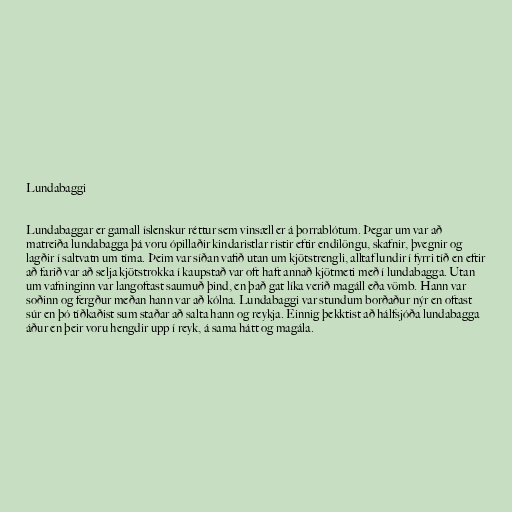
Lundabaggi

Lundabaggar er gamall íslenskur réttur sem vinsæll er á þorrablótum. Þegar um var að
matreiða lundabagga þá voru ópillaðir kindaristlar ristir eftir endilöngu, skafnir, þvegnir og
lagðir í saltvatn um tíma. Þeim var síðan vafið utan um kjötstrengli, alltaf lundir í fyrri tíð en eftir
að farið var að selja kjötstrokka í kaupstað var oft haft annað kjötmeti með í lundabagga. Utan
um vafninginn var langoftast saumuð þind, en það gat líka verið magáll eða vömb. Hann var
soðinn og fergður meðan hann var að kólna. Lundabaggi var stundum borðaður nýr en oftast
súr en þó tíðkaðist sum staðar að salta hann og reykja. Einnig þekktist að hálfsjóða lundabagga
áður en þeir voru hengdir upp í reyk, á sama hátt og magála.